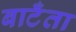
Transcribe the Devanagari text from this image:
बाटँता